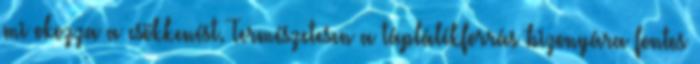
mi okozza a csökkenést. Természetesen a táplálékforrás bizonyára fontos